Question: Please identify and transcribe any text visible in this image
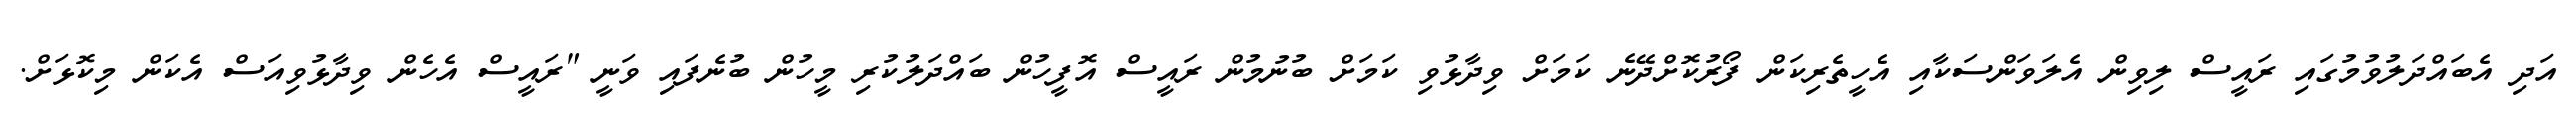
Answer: އަދި އެބައްދަލުވުމުގައި ރައީސް ލިވިން އެލަވަންސަކާއި އެހީތެރިކަން ފޯރުކޮށްދޭނެ ކަމަށް ވިދާޅުވި ކަމަށް ބުނުމުން ރައީސް އޮފީހުން ބައްދަލުކުރި މީހުން ބުނެފައި ވަނީ "ރައީސް އެހެން ވިދާޅުވިއަސް އެކަން މިކޮޅަށް.